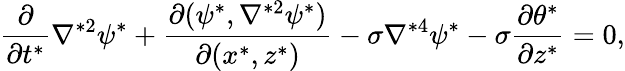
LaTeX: \frac{\partial}{\partial t^{*}}\nabla^{*2}\psi^{*}+\frac{\partial(\psi^{*},\nabla^{*2}\psi^{*})}{\partial(x^{*},z^{*})}-\sigma\nabla^{*4}\psi^{*}-\sigma\frac{\partial\theta^{*}}{\partial z^{*}}=0,